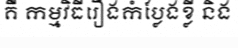
គឺ កម្មវិធីរឿងកំប្លែងខ្លី និង